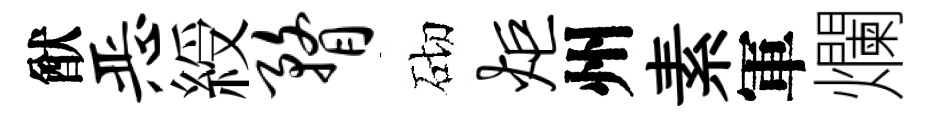
猷恶綬瞀砌炬州素軍爛